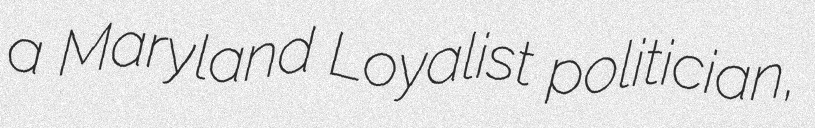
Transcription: a Maryland Loyalist politician,